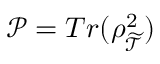
\mathcal { P } = T r ( \rho _ { \widetilde { \mathcal { T } } } ^ { 2 } )